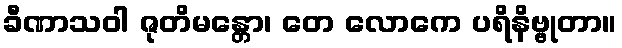
ခီဏာသဝါ ဇုတိမန္တော၊ တေ လောကေ ပရိနိဗ္ဗုတာ။